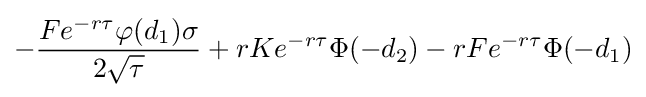
-{\frac {Fe^{-r\tau }\varphi (d_{1})\sigma }{2{\sqrt {\tau }}}}+rKe^{-r\tau }\Phi (-d_{2})-rFe^{-r\tau }\Phi (-d_{1})